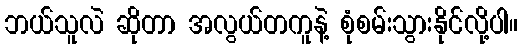
ဘယ်သူလဲ ဆိုတာ အလွယ်တကူနဲ့ စုံစမ်းသွားနိုင်လို့ပါ။